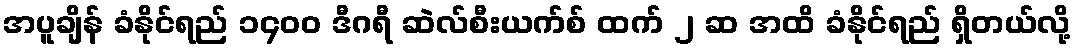
အပူချိန် ခံနိုင်ရည် ၁၄၀၀ ဒီဂရီ ဆဲလ်စီးယက်စ် ထက် ၂ ဆ အထိ ခံနိုင်ရည် ရှိတယ်လို့